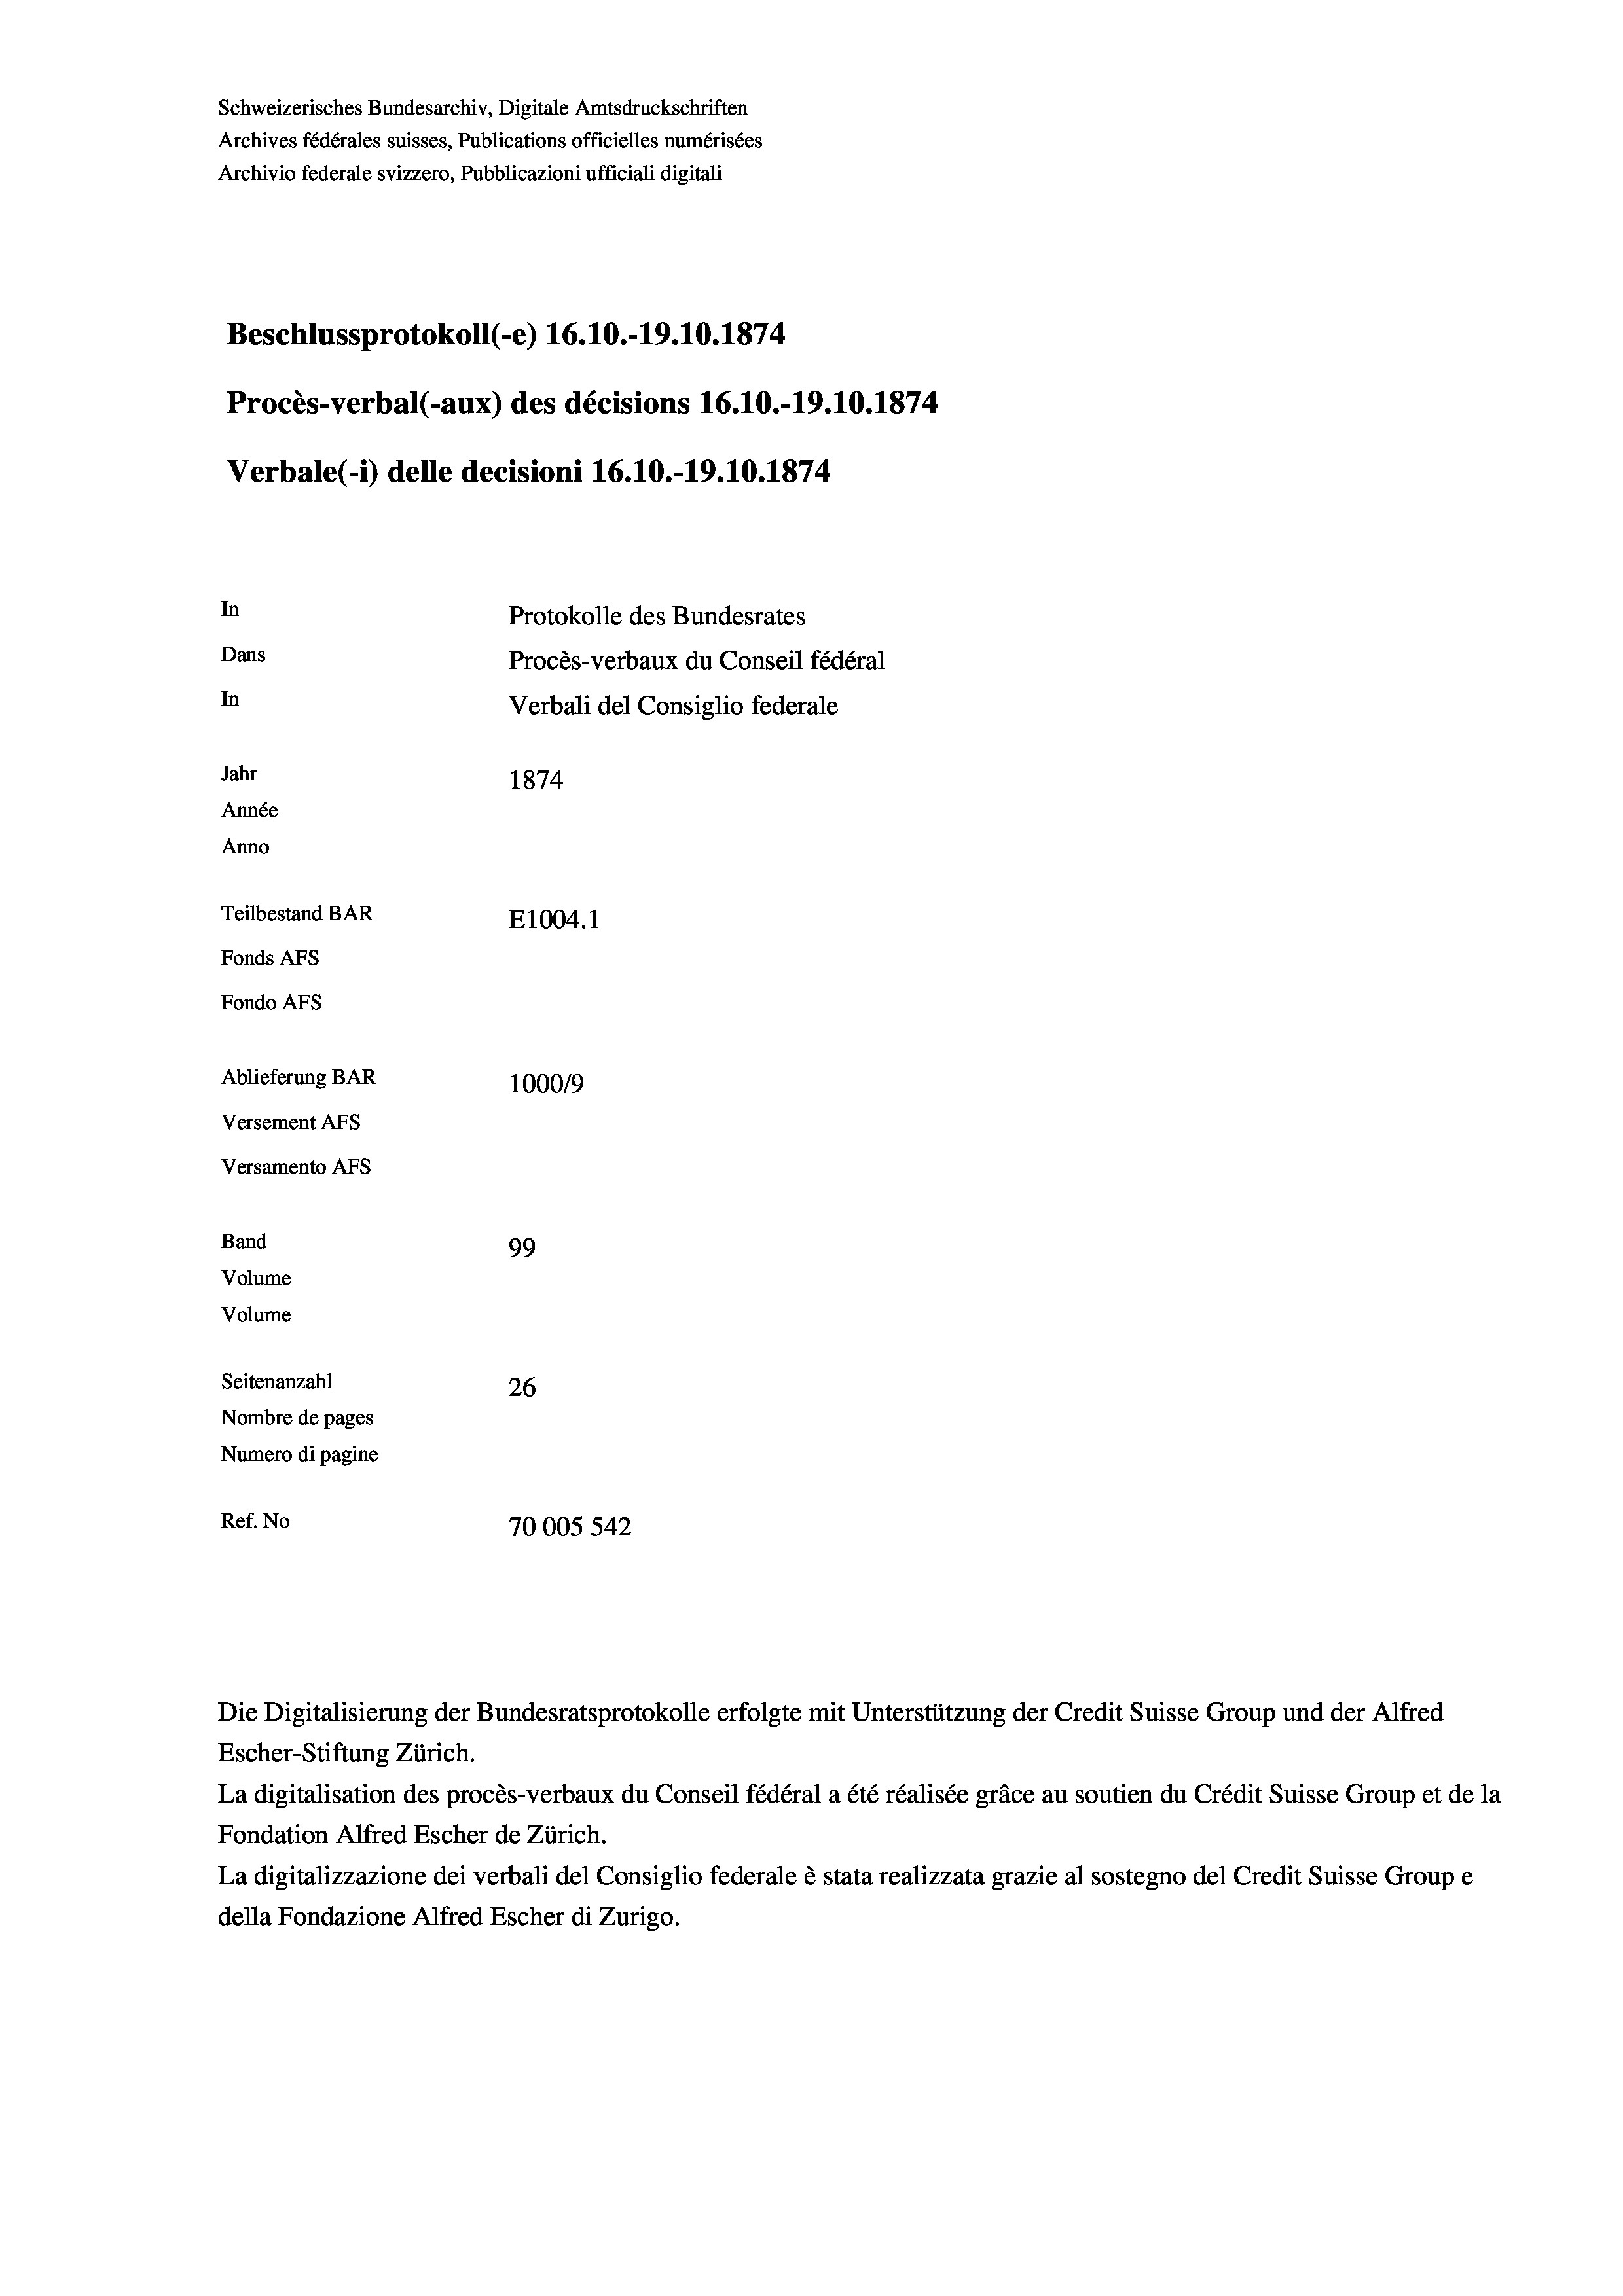
Schweizerisches Bundesarchiv, Digitale Amtsdruckschriften
Archives fédérales suisses, Publications officielles numérisées
Archivio federale svizzero, Pubblicazioni ufficiali digitali
Beschlussprotokoll (-e) 16.10.-19.10.1874
Procès-verbal (-aux) des décisions 16.10.-19.10.1874
Verbale (- 1) delle decisioni 16.10.-19.10.1874.
In
Protokolle des Bundesrates
Dans
Procès-verbaux du Conseil fédéral
In
Verbali del Consiglio federale
Jahr
1874
Année
Anno
Teilbestand BAR
E1004. 1
Fonds AFs
Fondo AFS
Ablieferung BAR
100019
Versement AFs
Versamento Afs
Band
99
Volume
Volume
Seitenanzahl
26
Nombre de pages
Numero di pagine
Ref. No
70005 542

Die Digitalisierung der Bundesratsprotokolle erfolgte mit Unterstützung der Credit Suisse Group und der Alfred
Escher-Stiftung Zürich.
La digitalisation des procès-verbaux du Conseil fédéral a été réalisée gräce au soutien du Crédit Suisse Group et de la
Fondation Alfred Escher de Zürich.
La digitalizzazione dei verbali del Consiglio federale è stata realizzata grazie al sostegno del Credit Suisse Groupe
della Fondazione Alfred Escher di Zurigo.